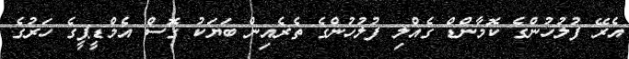
އެރޭ ފުލުހުންގެ ކޮމާންޑް ގެއްލި ފުލުހުންގެ ތެރެއިން ބަޔަކު ގޮސް އެމްޑީޕީގެ ހަރުގެ